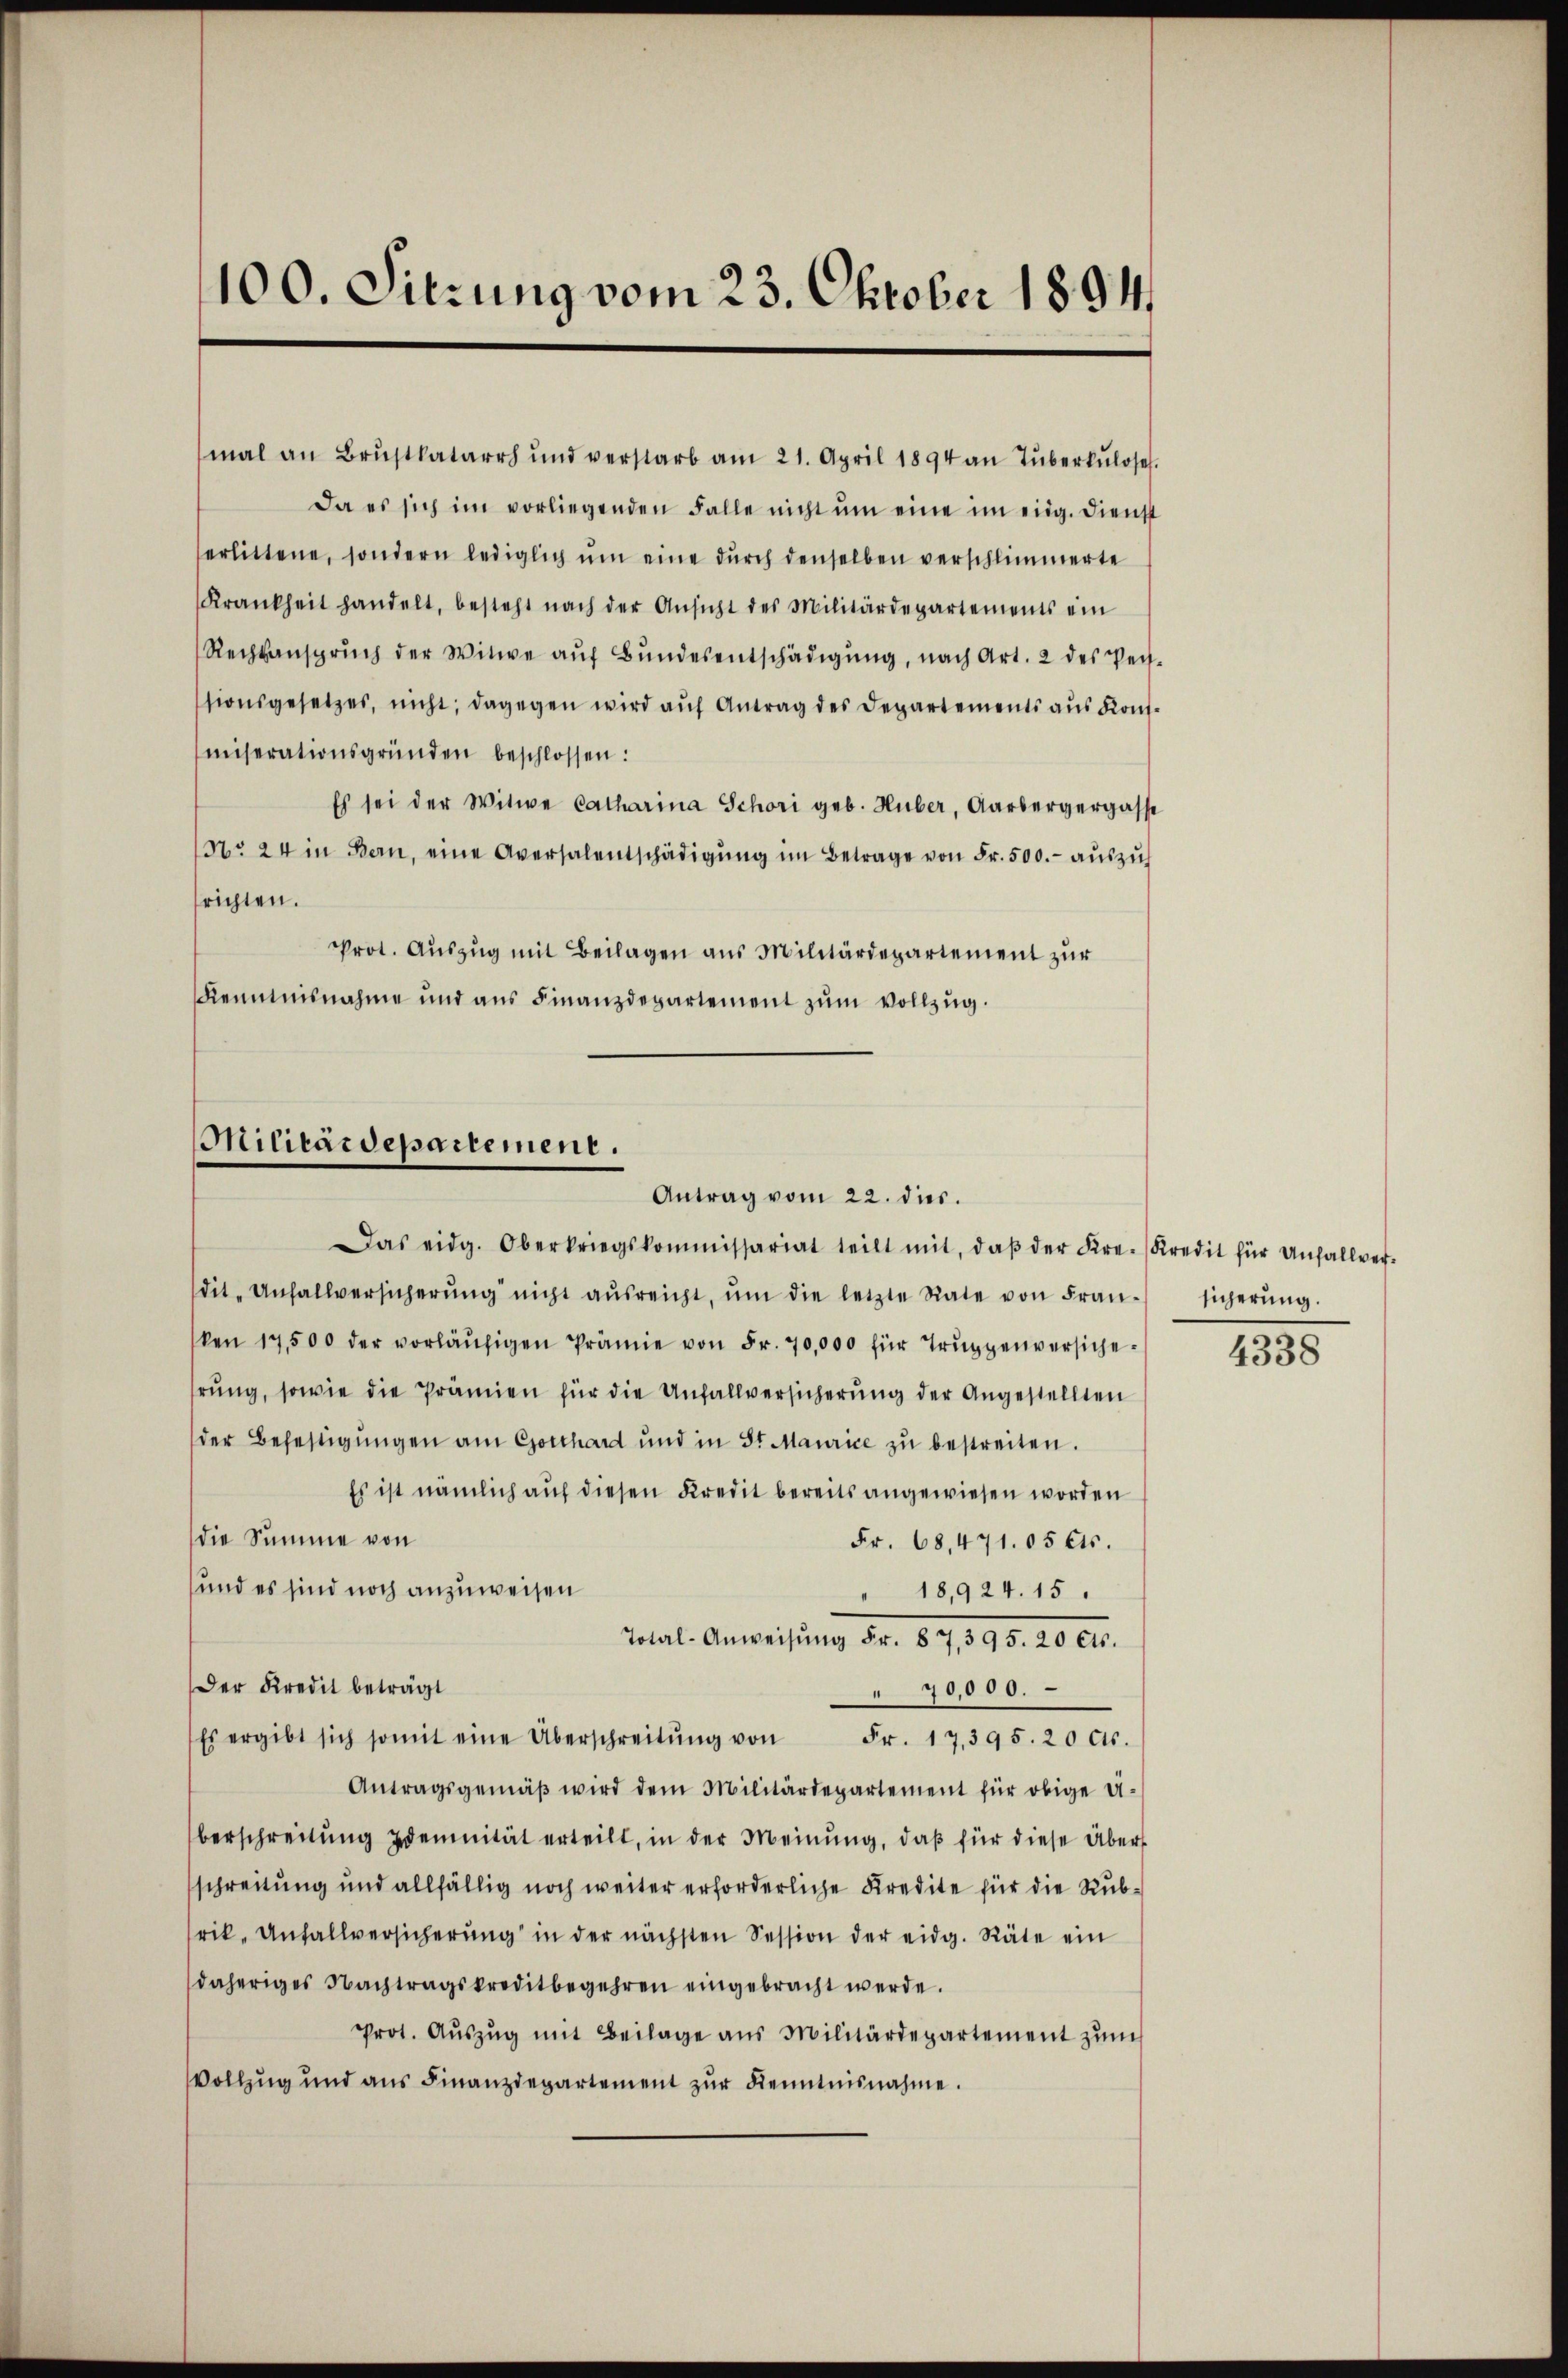
100. Sitzung vom 23. Oktober 1894.

mal an Brustkatarrh ŭnd verstarb am 21. April 1894 an Tuberkulose.
Da es sich im vorliegenden Falle nicht ŭm eine im eidg. Dienst
erlittene, sondern lediglich ŭm eine dŭrch denselben verschlimmerte
Krankheit handelt, besteht nach der Ansicht des Militärdepartements ein
Rechtansprŭch der Witwe aŭf Bŭndesentschädigŭng, nach Art. 2 des Pers-
ssionsgesetzes, nicht; dagegen wird aŭf Antrag des Departements aŭs Konmiserationsgründen beschlossen:
Es sei der Witwe Catharina Schori geb. Huber, Aarbergergasse
No 24 in Bern, eine Aversalentschädigŭng im Betrage von Fr. 500.- aŭszŭs
richten.
Prot. Auszug mit Beilagen aus Militärdepartement zur
Kenntnisnahme und aus Finanzdepartement zŭm Vollzug.

Militärdepartement.
Antrag vom 22. dies.
Das eidg. Oberkriegskommissariat teilt mit, daβ der Kre-Kredit für Unfallver-

dit. Unfallversicherŭng nicht aŭsreicht, ŭm die letzte Rate von Fran- sicherŭng.
ken 17,500 der vorläŭfigen Prämie von Fr. 70,000 für Trŭppenversicherŭng, sowie die Prämien für die Unfallversicherŭng der Angestellten
der Befestigŭngen am Gotthard und in Sr Maurice zŭ bestreiten.
Es ist nämlich auf diesen Kredit bereits angewiesen worden
die Summe von
Fr. 68,471. 05 Cts.
und es sind noch anzuweisen
" 18,924. 15.
total. Anweisung der 675. 90. 20 Fr.
Der Kredit beträgt
70,000.
Es ergibt sich somit eine Überschreitŭng von Fr. 17,395. 20 Cts.
Antragsgemäβ wird dem Militärdepartement für obige Di-
berschreitŭng demnität erteilt, in der Meinŭng, daβ für diese Über
schreitung und allfällig noch weiter erforderliche Kredite für die Rubrik. Anfallversicherŭng in der nächsten Session der eidg. Räte ein
daheriges Nachtragskreditbegehren eingebracht werde.
Prot. Aŭszŭg mit Beilage aus Militärdepartement zŭm
Vollzug und ans Finanzdepartement zŭr Kenntnisnahme.

4338